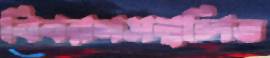
বিবরণসম্বলিত